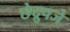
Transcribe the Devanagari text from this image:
छेद्रुपजे